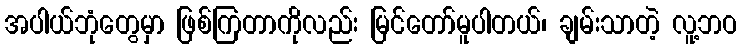
အပါယ်ဘုံတွေမှာ ဖြစ်ကြတာကိုလည်း မြင်တော်မူပါတယ်၊ ချမ်းသာတဲ့ လူ့ဘဝ